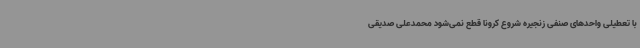
با تعطیلی واحدهای صنفی زنجیره شروع کرونا قطع نمی‌شود محمدعلی صدیقی